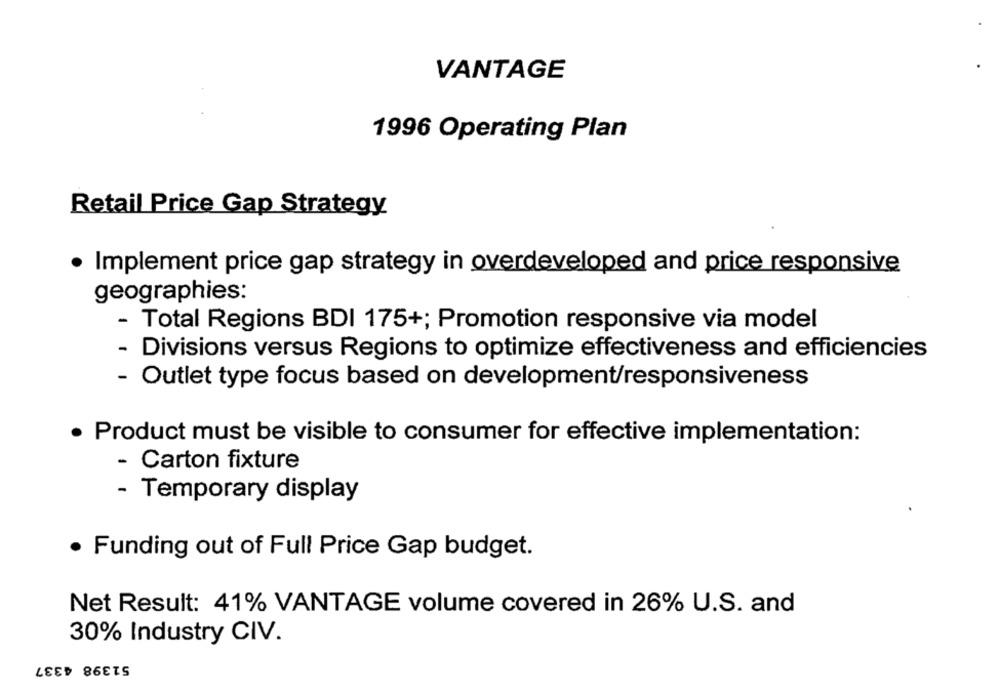
VANTAGE
1996 Operating Plan
Retail Price Gap Strategy
· Implement price gap strategy in overdeveloped and price responsive
geographies:
- Total Regions BDI 175+; Promotion responsive via model
- Divisions versus Regions to optimize effectiveness and efficiencies
- Outlet type focus based on development/responsiveness
Product must be visible to consumer for effective implementation:
- Carton fixture
- Temporary display
· Funding out of Full Price Gap budget.
Net Result: 41% VANTAGE volume covered in 26% U.S. and
30% Industry CIV.
51398 4337